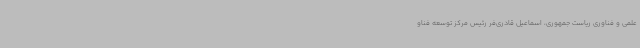
علمی و فناوری ریاست جمهوری، اسماعیل قادری‌فر رئیس مرکز توسعه فناو